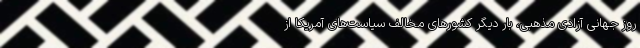
روز جهانی آزادی مذهبی، بار دیگر کشورهای مخالف سیاست‌های آمریکا از